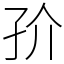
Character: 㜾